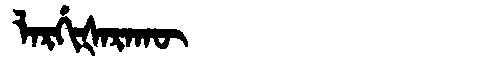
Manchu: ᠯᠠᡵᡤᡳᡧᠠᡵᠠᡴᡡ
Romanization: LARGIŠARAKŪ